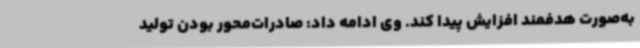
به‌صورت هدفمند افزایش پیدا کند. وی ادامه داد: صادرات‌محور بودن تولید